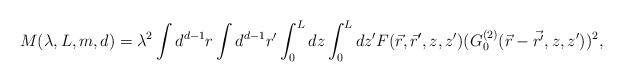
LaTeX: \begin{align*}M(\lambda,L,m,d)=\lambda^{2}\int d^{d-1}r \int d^{d-1}r^{\prime}\int_{0}^{L}dz \int_{0}^{L}dz^{\prime} F(\vec{r},\vec{r}',z,z')(G_{0}^{(2)}(\vec{r}-\vec{{r}^{\prime}},z,z^{\prime}))^2,\end{align*}